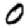
Digit: 0